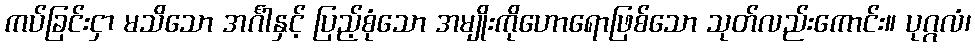
ကပ်ခြင်းငှာ မသိသော အင်္ဂါနှင့် ပြည့်စုံသော အမျိုးကိုဟောရောဖြစ်သော သုတ်လည်းကောင်း။ ပုဂ္ဂလံ၊